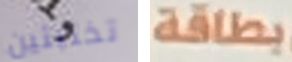
تختبئين بطاقة